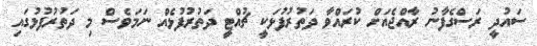
ސައުދީ ރަސްގެފާނު ރާއްޖެއަށް ކުރައްވާ ދަތުރުފުޅަކީ ޗުއްޓީ ދަތުރުފުޅެއް ނަމަވެސް މި ދަތުރުފުޅުގައި